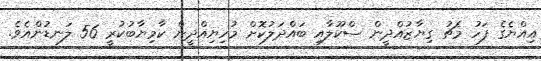
އިއްޔެގެ ފަހު މެޗު ގިޔާޒުއްދީން ސްކޫލާއި ބައްދަލުކޮށް މުހިޔިއްދީން ކާމިޔާބުކުރީ 56 ލަނޑުންއެވެ.